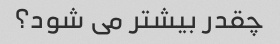
چقدر بیشتر می شود؟